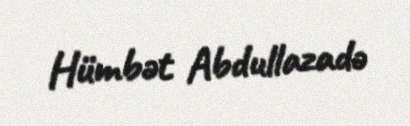
Hümbət Abdullazadə